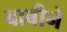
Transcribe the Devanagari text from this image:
बाबीने